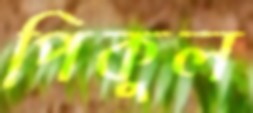
পিকুল